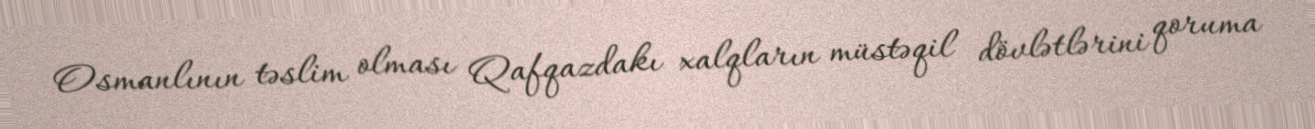
Osmanlının təslim olması Qafqazdakı xalqların müstəqil dövlətlərini qoruma